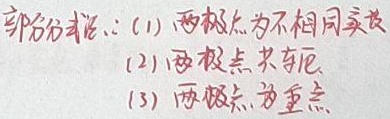
部分结论：(1) 两极点为不相同实根
(2) 两极点共轭
(3) 两极点为重点